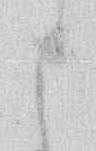
と